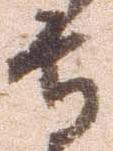
守